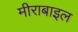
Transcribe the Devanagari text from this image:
मीराबाइल